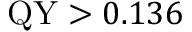
\mathrm { Q Y } > 0 . 1 3 6